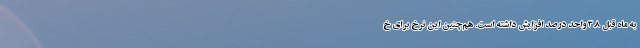
به ماه قبل 3.8 واحد درصد افزایش داشته است. هم‌چنین این نرخ برای خ